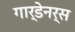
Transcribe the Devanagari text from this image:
गार्डेनर्स